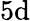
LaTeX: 5\mathrm{d}